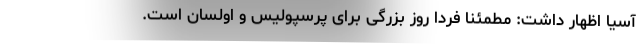
آسیا اظهار داشت: مطمئنا فردا روز بزرگی برای پرسپولیس و اولسان است.